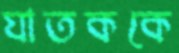
ঘাতককে